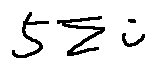
5 \sum i